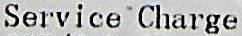
SERVICE CHARGE